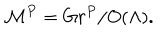
{ \cal M } ^ { P } = G r ^ { P } / O ( \Lambda ) .